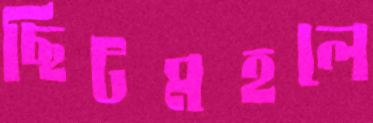
ছিটমহলে